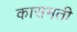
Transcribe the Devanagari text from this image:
कासमती